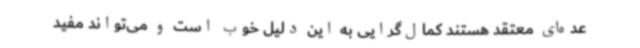
عده‌ای معتقد هستند کمال‌گرایی به این دلیل خوب است و می‌تواند مفید